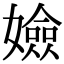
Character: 嬐